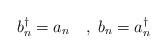
LaTeX: \begin{align*}b_{n}^{\dagger }=a_{n}\quad ,\;b_{n}=a_{n}^{\dagger }\end{align*}